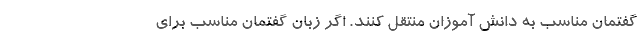
گفتمان مناسب به دانش آموزان منتقل کنند. اگر زبان گفتمان مناسب برای